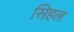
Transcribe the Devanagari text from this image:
सिहल